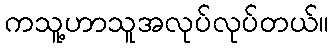
ကသူ့ဟာသူအလုပ်လုပ်တယ်။